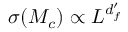
\sigma ( M _ { c } ) \propto L ^ { d _ { f } ^ { \prime } }